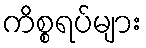
ကိစ္စရပ်များ